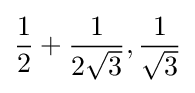
{\frac {1}{2}}+{\frac {1}{2{\sqrt {3}}}},{\frac {1}{\sqrt {3}}}